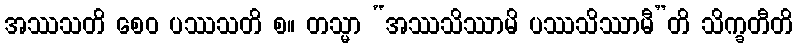
အဿသတိ စေဝ ပဿသတိ စ။ တသ္မာ “အဿသိဿာမိ ပဿသိဿာမီ”တိ သိက္ခတီတိ